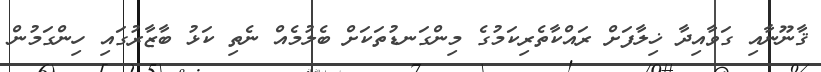
ޤާނޫނާއި ގަވާއިދާ ޚިލާފަށް ރައްކާތެރިކަމުގެ މިންގަނޑުތަކަށް ބެލުމެއް ނެތި ކަޅު ބާޒާރުގައި ހިންގަމުން